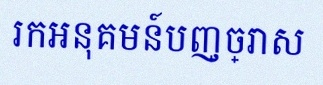
រកអនុគមន៍បញ្ច្រាស